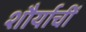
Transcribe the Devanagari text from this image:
शौर्याचीं